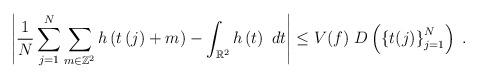
LaTeX: \begin{align*}\left\vert \frac{1}{N}\sum_{j=1}^{N}\sum_{m\in\mathbb{Z}^{2}}h\left( t\left(j\right) +m\right) -\int_{\mathbb{R}^{2}}h\left( t\right) ~dt\right\vert\leq V(f)\ D\left( \left\{ t(j)\right\} _{j=1}^{N}\right) \;.\end{align*}